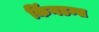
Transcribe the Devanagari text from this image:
किंगडम्स